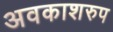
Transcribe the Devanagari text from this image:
अवकाशरुप